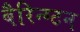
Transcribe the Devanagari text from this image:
बैरिन्ग्टन